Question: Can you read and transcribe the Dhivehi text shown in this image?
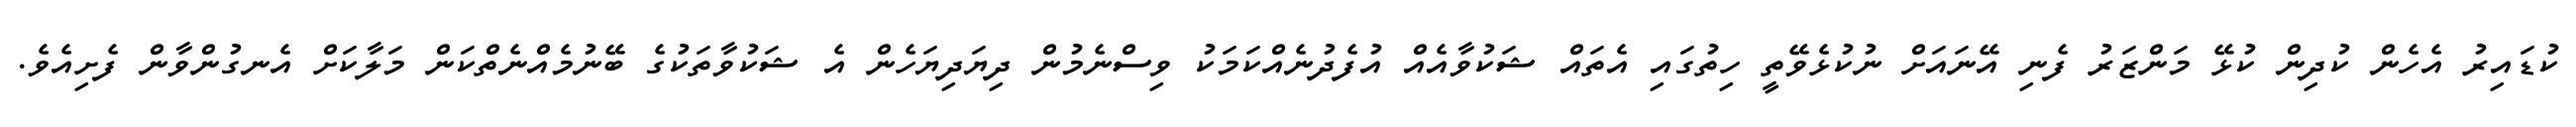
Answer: ކުޑައިރު އެހެން ކުދިން ކުޅޭ މަންޒަރު ފެނި އޭނައަށް ނުކުޅެވޭތީ ހިތުގައި އެތައް ޝަކުވާއެއް އުފެދުނެއްކަމަކު ވިސްނެމުން ދިޔަދިޔަހެން އެ ޝަކުވާތަކުގެ ބޭނުމެއްނެތްކަން މަލާކަށް އެނގުންވާން ފެށިއެވެ.